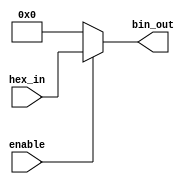
module hex_to_bin_encoder (
    input wire [3:0] hex_in,    // 4-bit hexadecimal input
    input wire enable,          // Enable signal
    output reg [3:0] bin_out    // 4-bit binary output
);

// Combinational logic for encoding
always @(*) begin
    if (enable) begin
        // Direct mapping from hex to binary
        bin_out = hex_in;
    end else begin
        // If not enabled, output is set to 0
        bin_out = 4'b0000;
    end
end

endmodule